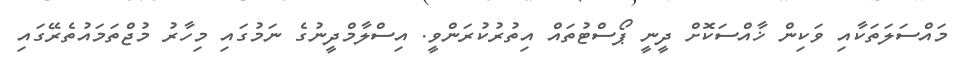
މައްސަލަތަކާއި ވަކިން ޚާއްސަކޮށް ދީނީ ޕޯސްޓުތައް އިތުރުކުރަންވީ. އިސްލާމްދީނުގެ ނަމުގައި މިހާރު މުޖްތަމައުތެރޭގައި